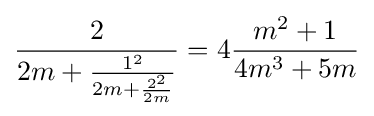
{\frac {2}{2m+{\frac {1^{2}}{2m+{\frac {2^{2}}{2m}}}}}}=4{\frac {m^{2}+1}{4m^{3}+5m}}